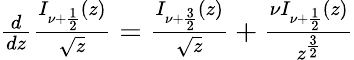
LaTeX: \begin{array}{r}{\frac{d}{dz}\frac{I_{\nu+\frac{1}{2}}(z)}{\sqrt{z}}=\frac{I_{\nu+\frac{3}{2}}(z)}{\sqrt{z}}+\frac{\nu I_{\nu+\frac{1}{2}}(z)}{z^{\frac{3}{2}}}}\end{array}